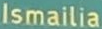
Ismailia